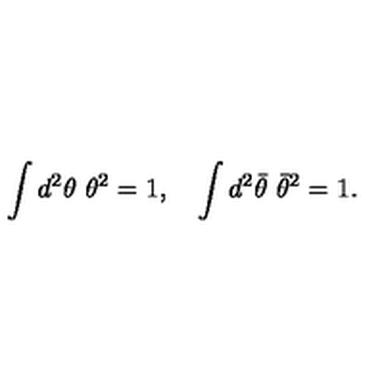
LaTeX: \int d ^ { 2 } \theta \ \theta ^ { 2 } = 1 , \quad \int d ^ { 2 } { \bar { \theta } } \ { \bar { \theta } } ^ { 2 } = 1 .